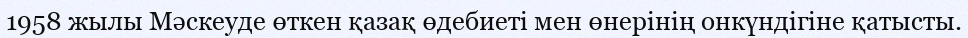
1958 жылы Мәскеуде өткен қазақ өдебиеті мен өнерінің онкүндігіне қатысты.